Vital statistics of India. Vol. V, Reports of 1876 on armies & jails and on epidemic cholera
Year: 1876
Disease focus: Cholera
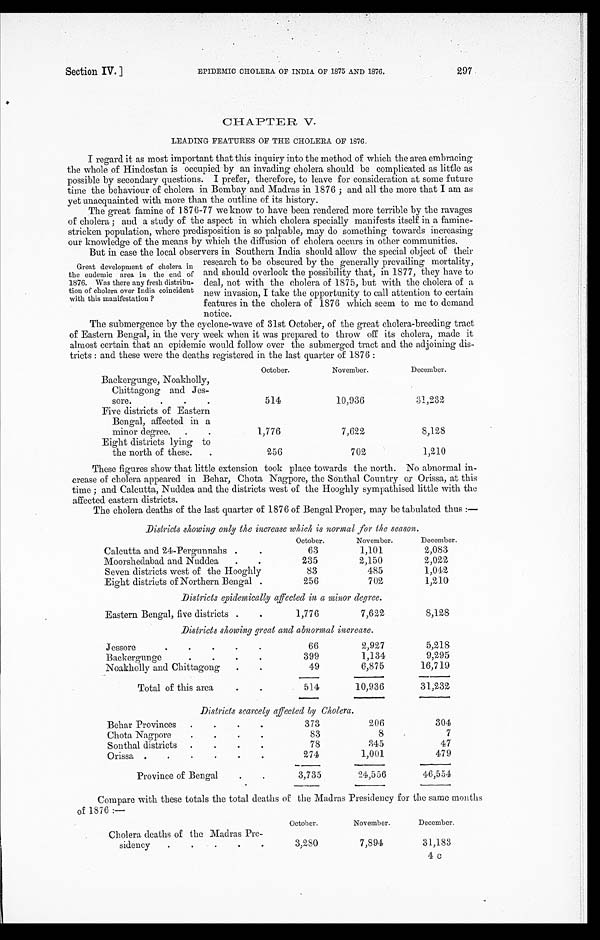
Section IV.]
EPIDEMIC CHOLERA OF INDIA OF 1875 AND 1876.
297
CHAPTER V.
LEADING FEATURES OF THE CHOLERA OF 1876.
I regard it as most important that this inquiry into the method of which the area embracing
the whole of Hindostan is occupied by an invading cholera should be complicated as little as
possible by secondary questions. I prefer, therefore, to leave for consideration at some future
time the behaviour of cholera in Bombay and Madras in 1876 ; and all the more that I am as
yet unacquainted with more than the outline of its history.
The great famine of 1876-77 we know to have been rendered more terrible by the ravages
of cholera ; and a study of the aspect in which cholera specially manifests itself in a famine-
stricken population, where predisposition is so palpable, may do something towards increasing
our knowledge of the means by which the diffusion of cholera occurs in other communities.
But in case the local observers in Southern India should allow the special object of their
Great development of cholera in
the endemic area in the end of
1876. Was there any fresh distribu-
tion of cholera over India coincident
with this manifestation ?
research to be obscured by the generally prevailing mortality,
and should overlook the possibility that, in 1877, they have to
deal, not with the cholera of 1875, but with the cholera of a
new invasion, I take the opportunity to call attention to certain
features in the cholera of 1876 which seem to me to demand
notice.
The submergence by the cyclone-wave of 31st October, of the great cholera-breeding tract
of Eastern Bengal, in the very week when it was prepared to throw off its cholera, made it
almost certain that an epidemic would follow over the submerged tract and the adjoining dis-
tricts : and these were the deaths registered in the last quarter of 1876 :
October.
November.
December.
Backergunge, Noakholly,
Chittagong and Jes-
sore.
.
.
514
10,936
31,232
Five districts of Eastern
Bengal, affected in a
minor degree. .
1,776
7,622
8,128
Eight districts lying to
the north of these.
.
256
702
1,210
These figures show that little extension took place towards the north. No abnormal in-
crease of cholera appeared in Behar, Chota Nagpore, the Sonthal Country or Orissa, at this
time ; and Calcutta, Nuddea and the districts west of the Hooghly sympathised little with the
affected eastern districts.
The cholera deaths of the last quarter of 1876 of Bengal Proper, may be tabulated thus :—
Districts showing only the increase which is normal for the season.
October.
November.
December.
Calcutta and 24-Pergunnahs .
63
1,101
2,083
Moorshedabad and Nuddea.
235
2,150
2,022
Seven districts west of the Hooghly
83
485
1,042
Eight districts of Northern Bengal .
256
702
1,210
Districts epidemically affected in a minor degree.
Eastern Bengal, five districts .
1,776
7,622
8,128
Districts showing great and abnormal increase.
J e s s or e . . . . .
66
2,927
5,218
Backergunge.
.
.
.
399
1,134
9,295
Noakholly and Chittagong.
.
49
6,875
16,719
Total of this area .
.
514
10,936
31,232
Districts scarcely affected by Cholera.
Behar Provinces. . . .
373
206
304
Chota Nagpore.
•
83
8
7
Sonthal districts.
78
345
47
Orissa . .
.
.
. .
274
1,001
479
Pr ovi nc e of Be nga l . .
3,735
24,556
46,554
Compare with these totals the total deaths of the Madras Presidency for the same months
of 1876 :—
Cholera deaths of the Madras Pre-
s i d e n c y . . .
.
October.
November.
December.
3,280
7,894
31,183
4c